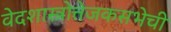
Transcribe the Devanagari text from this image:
वेदशास्त्रोत्तेजकसभेची